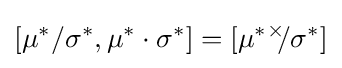
[\mu ^{*}/\sigma ^{*},\mu ^{*}\cdot \sigma ^{*}]=[\mu ^{*}{}^{\times }\!\!/\sigma ^{*}]